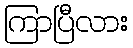
ကြာပြီလား